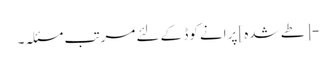
- [طے شدہ] پرانے کوڈ کے لئے مرتب مسئلہ۔